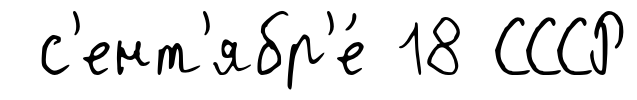
с'ент'ябр'е́ 18 СССР